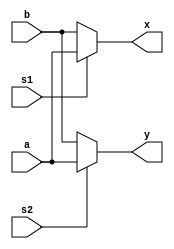
`timescale 1ns / 1ps
//////////////////////////////////////////////////////////////////////////////////
// Company: 
// Engineer: 
// 
// Design Name: 
// Module Name: cross_switch2x2
// Project Name: 
// Target Devices: 
// Tool Versions: 
// Description: 
// 
// Dependencies: 
// 
// Revision:
// Revision 0.01 - File Created
// Additional Comments:
// 
//////////////////////////////////////////////////////////////////////////////////


module cross_switch2x2
#(parameter WIDTH = 8)
(
input [WIDTH-1:0] a,b,
input s1,s2,
output [WIDTH-1:0] x,y
    );

	assign x = (s1==0)? b:a;
	assign y = (s2==0)? b:a;

endmodule